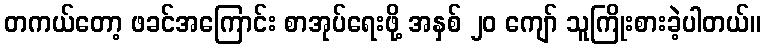
တကယ်တော့ ဖခင်အကြောင်း စာအုပ်ရေးဖို့ အနှစ် ၂၀ ကျော် သူကြိုးစားခဲ့ပါတယ်။